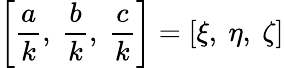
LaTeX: \left[{\frac{a}{k}},\ {\frac{b}{k}},\ {\frac{c}{k}}\right]=\left[\xi,\ \eta,\ \zeta\right]